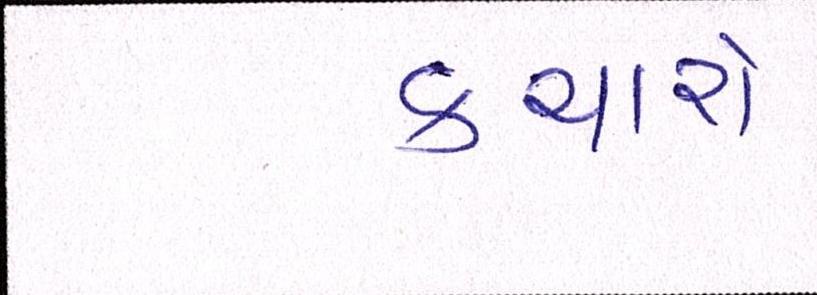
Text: કચારો